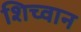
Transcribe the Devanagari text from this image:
शिच्वान